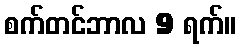
စက်တင်ဘာလ 9 ရက်။